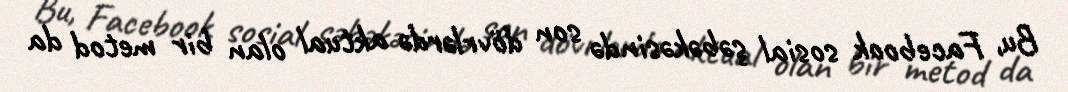
Bu, Facebook sosial şəbəkəsində son dövrlərdə aktual olan bir metod da